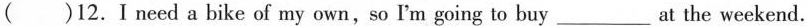
( )12.Ineed a bike of my own,so I'm going to buy_ at the weekend.